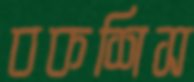
বকশিস